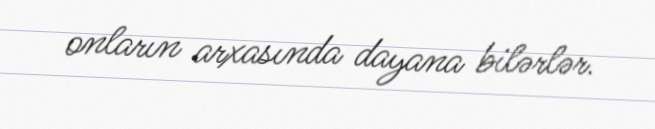
onların arxasında dayana bilərlər.